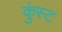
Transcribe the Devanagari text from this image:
कुंस्ट